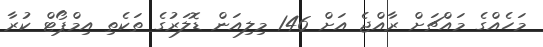
މަހެއްގެ މައްޗަށް ރާއްޖެ އަށް 146 މިލިއަން ޑޮލަރުގެ ތަކެތި އިމްޕޯޓް ކުރާ